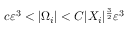
c \varepsilon ^ { 3 } < | \Omega _ { i } | < C | X _ { i } | ^ { \frac { 3 } { 2 } } \varepsilon ^ { 3 }